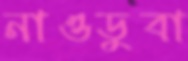
নাওডুবা